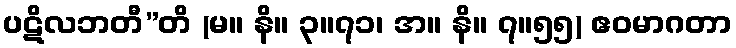
ပဋိလဘတီ”တိ (မ။ နိ။ ၃။၇၁၊ အ။ နိ။ ၇။၅၅) ဧဝမာဂတာ